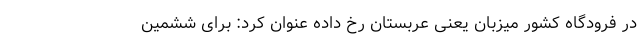
در فرودگاه کشور میزبان یعنی عربستان رخ داده عنوان کرد: برای ششمین